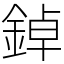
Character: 鋽